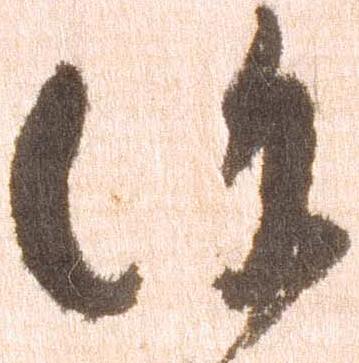
謹